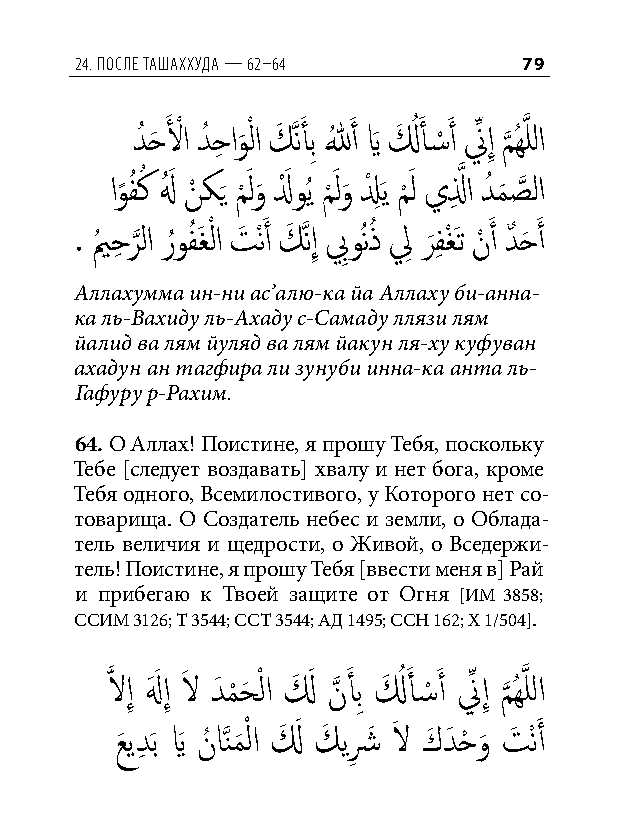
24. После ташаххуда — 62–64   79
 دُ حَ لَ ْ ا دُ حِ او
 َ
 ْ لا كَ َّذنأَ بِ للهُ َ أ يَ لَ ُ أَ �ْ َ أ نِّ إِ م
 َّذ
 ُهَّذ للا
 او
 ً
 فُ كُ لهُ َ نْ ك َي م
 ْ
 َ لو
 َ
 لَْ وُي م
 ْ
 َ لو
 َ
 لْ ِ َي م
 ْ
 َ ل يلِ َّذ ا دُ م
 َ
 صَّذ لا
 . يمُ حِ ر
 َّذ
 لا رُوفُ َغْ لا تَ ْنَ أ كَ َّذنإِ بِوُنذُ لِ ر
 َ
 فِ غْ َت نْ َ أ دٌ حَ َ أ
 Аллахумма ин-ни ас’алю-ка йа Аллаху би-анна-
 ка ль-Вахиду ль-Ахаду с-Самаду ллязи лям
 йалид ва лям йуляд ва лям йакун ля-ху куфуван
 ахадун ан тагфира ли зунуби инна-ка анта ль-
 Гафуру р-Рахим.
 64. О Аллах! Поистине, я прошу Тебя, поскольку
 Тебе [следует воздавать] хвалу и нет бога, кроме
 Тебя одного, Всемилостивого, у Которого нет со-
 товарища. О Создатель небес и земли, о Облада-
 тель величия и щедрости, о Живой, о Вседержи-
 тель! Поистине, я прошу Тебя [ввести меня в] Рай
 и прибегаю к Твоей защите от Огня [ИМ 3858;
 ССИМ 3126; Т 3544; ССТ 3544; АД 1495; ССН 162; Х 1/504].
 َّذ لاإِ لهَ َ إِ لاَ دَ م
 ْ
 حَ ْ لا لَ َ نَّذ أَ بِ لَ ُ أَ �ْ َ أ نِّ إِ م
 َّذ
 ُهَّذ للا
 عَ يدِ َب يَ نُ اَّذنم َ ْ لا لَ َ كَ يشِ َ لاَ كَ دَ حْ و َ تَ ْنَ أ